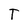
Character: T